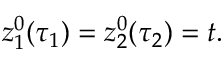
z _ { 1 } ^ { 0 } ( \tau _ { 1 } ) = z _ { 2 } ^ { 0 } ( \tau _ { 2 } ) = t .